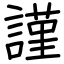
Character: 謹